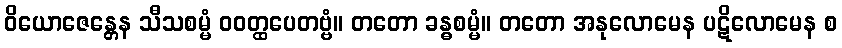
ဝိယောဇေန္တေန သီသစမ္မံ ဝဝတ္ထပေတဗ္ဗံ။ တတော ခန္ဓစမ္မံ။ တတော အနုလောမေန ပဋိလောမေန စ